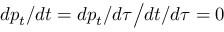
d p _ { t } / d t = d p _ { t } / d \tau { \big / } d t / d \tau = 0